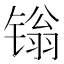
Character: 𬭩